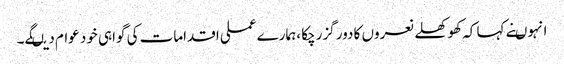
انہوںنے کہا کہ کھوکھلے نعروں کا دور گزرچکا ،ہمارے عملی اقدامات کی گواہی خود عوام دیںگے۔